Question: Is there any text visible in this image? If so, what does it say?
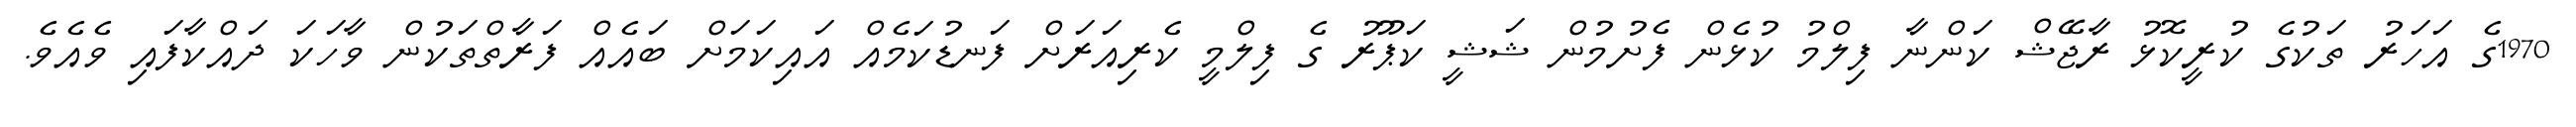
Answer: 1970ގެ އަހަރު ތަކުގެ ކުރީކޮޅު ރާޖޭޝް ކަންނާ ފިލްމު ކުޅެން ފެށުމުން ޝަޝީ ކަޕޫރު ގެ ފިލްމީ ކެރިއަރަށް ފަނޑުކަމެއް އައިކަމަށް ބައެއް ފަރާތްތަކުން ވާހަކަ ދައްކާފައި ވެއެވެ.